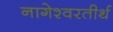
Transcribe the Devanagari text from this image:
नागेश्वरतीर्थ